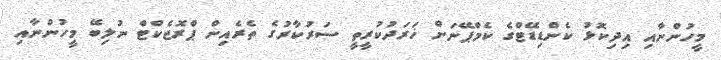
މީހުންނާއި އިދިކޮޅު ކެންޑިޑޭޓްގެ ކެމްޕޭނަށް ޚަރަދުކުރީތީ ސަރުކާރުގެ ތެރެއިން ޕްރޮޖެކްޓް ނުލިބޭ މީހުންނާއި